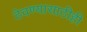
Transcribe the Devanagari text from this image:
ठेवण्यासाठीही